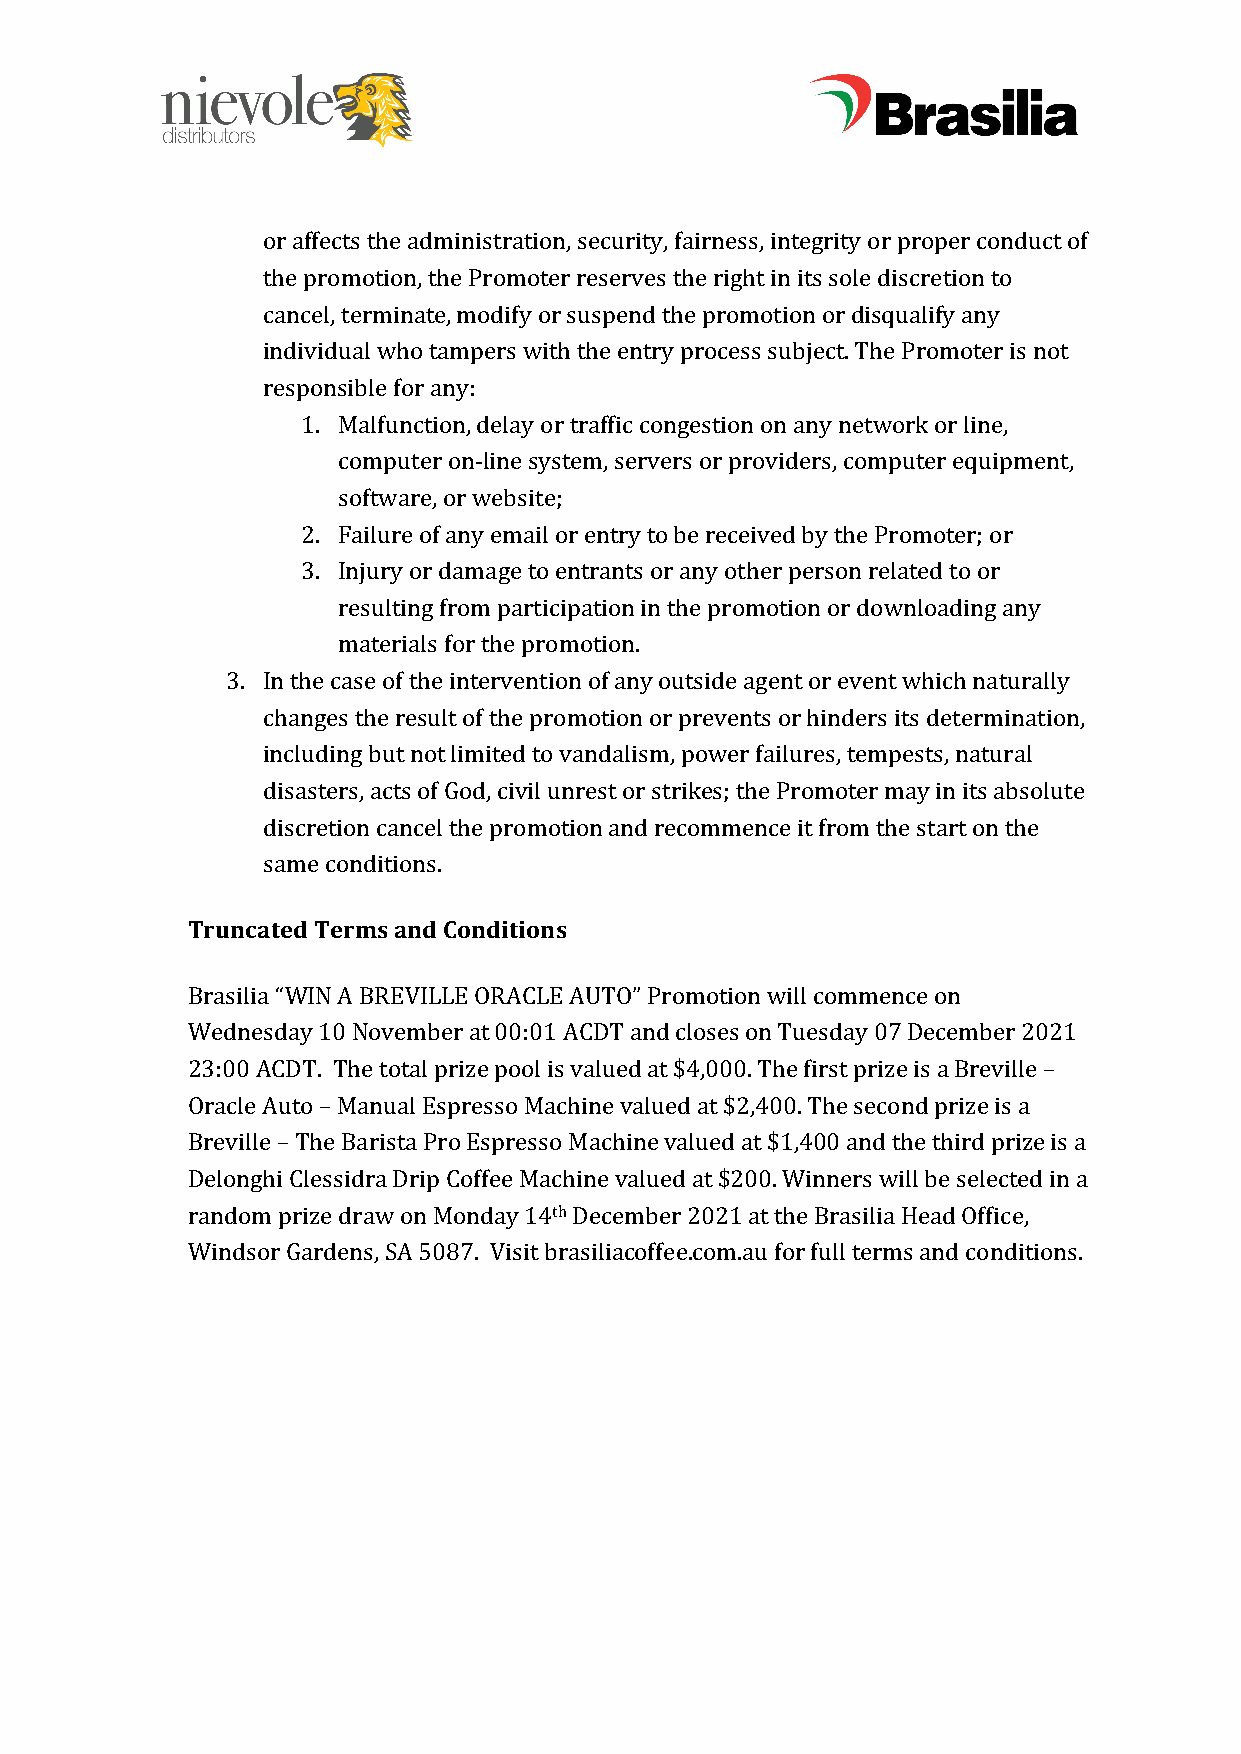
or affects the administration, security, fairness, integrity or proper conduct of
 the promotion, the Promoter reserves the right in its sole discretion to
 cancel, terminate, modify or suspend the promotion or disqualify any
 individual who tampers with the entry process subject. The Promoter is not
 responsible for any:
 1. Malfunction, delay or traffic congestion on any network or line,
 computer on-line system, servers or providers, computer equipment,
 software, or website;
 2. Failure of any email or entry to be received by the Promoter; or
 3. Injury or damage to entrants or any other person related to or
 resulting from participation in the promotion or downloading any
 materials for the promotion.
 3. In the case of the intervention of any outside agent or event which naturally
 changes the result of the promotion or prevents or hinders its determination,
 including but not limited to vandalism, power failures, tempests, natural
 disasters, acts of God, civil unrest or strikes; the Promoter may in its absolute
 discretion cancel the promotion and recommence it from the start on the
 same conditions.
 Truncated Terms and Conditions
 Brasilia “WIN A BREVILLE ORACLE AUTO” Promotion will commence on
 Wednesday 10 November at 00:01 ACDT and closes on Tuesday 07 December 2021
 23:00 ACDT. The total prize pool is valued at $4,000. The first prize is a Breville –
 Oracle Auto – Manual Espresso Machine valued at $2,400. The second prize is a
 Breville – The Barista Pro Espresso Machine valued at $1,400 and the third prize is a
 Delonghi Clessidra Drip Coffee Machine valued at $200. Winners will be selected in a
 random prize draw on Monday 14th December 2021 at the Brasilia Head Office,
 Windsor Gardens, SA 5087. Visit brasiliacoffee.com.au for full terms and conditions.